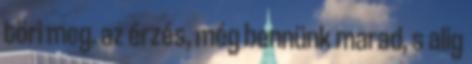
töri meg. az érzés, még bennünk marad, s alig